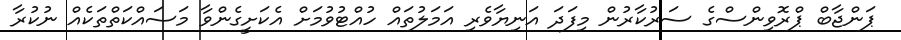
ޕަންޖާބް ޕްރޮވިންސްގެ ސަރުކާރުން މިފަދަ އަނިޔާވެރި އަމަލުތައް ހުއްޓުވުމަށް އެކަށީގެންވާ މަސައްކަތްތަކެއް ނުކުރާ